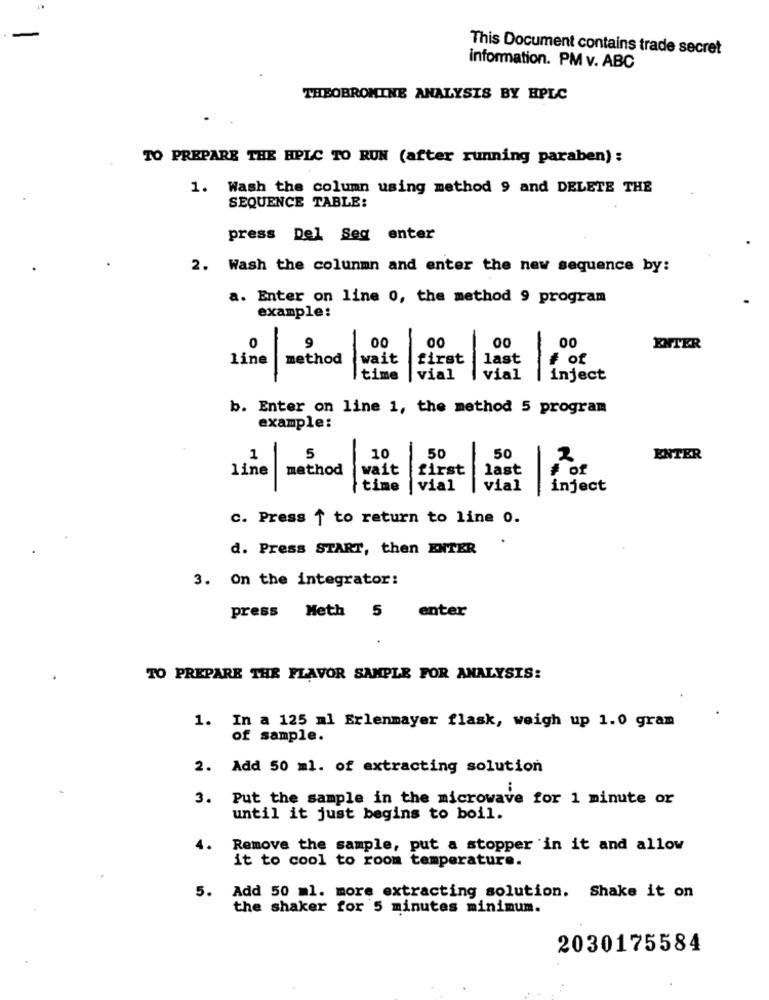
This Document contains trade secret
information. PM v. ABC
THEOBROMINE ANALYSIS BY HPLC
TO PREPARE THE HPLC TO RUN (after running paraben) :
1. Wash the column using method 9 and DELETE THE
SEQUENCE TABLE:
press Del Seg enter
2. Wash the colunmn and enter the new sequence by:
a. Enter on line 0, the method 9 program
example:
00
00
00
00
ENTER
wait
first
last
# of
140% method
-
time
vial
-
vial
inject
b. Enter on line 1, the method 5 program
example:
50
1
5
10
50
2
ENTER
line
method
wait
first
last
# of
time
vial
vial
-
inject
C. Press 1 to return to line 0.
d. Press START, then ENTER
3. On the integrator:
press Meth 5 enter
TO PREPARE THE FLAVOR SAMPLE FOR ANALYSIS:
1. In a 125 ml Erlenmayer flask, weigh up 1.0 gram
of sample.
2. Add 50 ml. of extracting solution
3. Put the sample in the microwave for 1 minute or
until it just begins to boil.
4.
Remove the sample, put a stopper in it and allow
it to cool to room temperature.
5. Add 50 ml. more extracting solution. Shake it on
the shaker for 5 minutes minimum.
2030175584